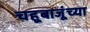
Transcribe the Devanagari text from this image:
चहूबाजूंच्या